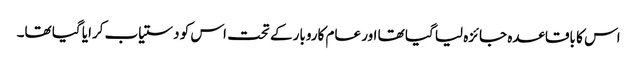
اس کا باقاعدہ جائزہ لیا گیا تھا اور عام کاروبار کے تحت اس کو دستیاب کرایا گیا تھا۔